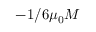
- 1 / 6 \mu _ { 0 } M